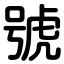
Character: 號